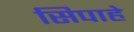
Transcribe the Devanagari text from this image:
सिपाहे